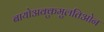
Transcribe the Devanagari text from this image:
बायोअक्कुमुलतिओन